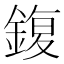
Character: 鍑